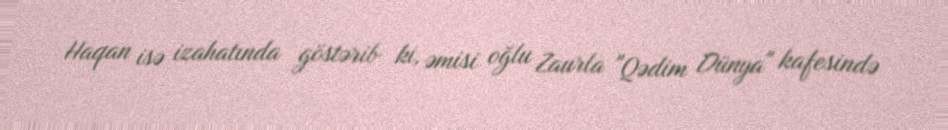
Haqan isə izahatında göstərib ki, əmisi oğlu Zaurla "Qədim Dünya" kafesində